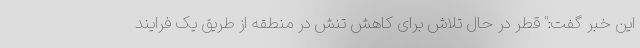
این خبر گفت:" قطر در حال تلاش برای کاهش تنش در منطقه از طریق یک فرایند